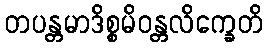
တပန္တမာဒိစ္စမိဝန္တလိက္ခေတိ